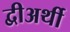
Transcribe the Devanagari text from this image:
द्वीअर्थी